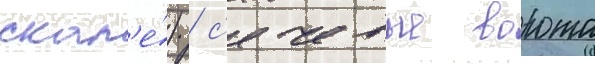
скал'е́) / с'ечевые ворота